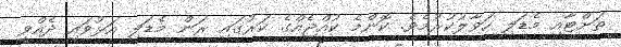
ތަށްޓާއި މެޑަލި ހަވާލުކުރުމެވެ. ކޮންމެ ކުއްޖެއްގެ ކަރުގައި ރަން މެޑަލި އަޅުވައި ދެއްވީ